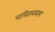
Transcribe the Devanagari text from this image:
ललितललाम